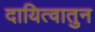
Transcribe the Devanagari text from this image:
दायित्वातुन